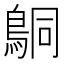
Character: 𬷍